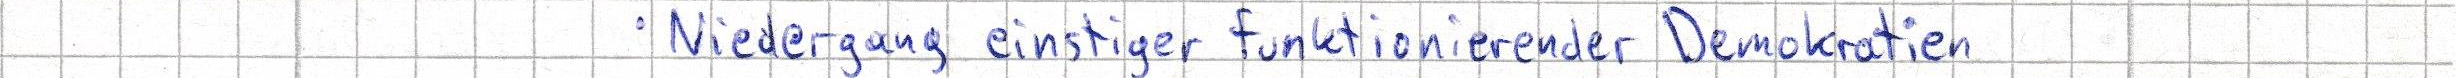
Niedergang einstiger funktionierender Demokratien